Annual report of the Civil Veterinary Department, Bengal, and of the Bengal Veterinary College for the year 1905-1906 - 1905-1906
Year: 1905
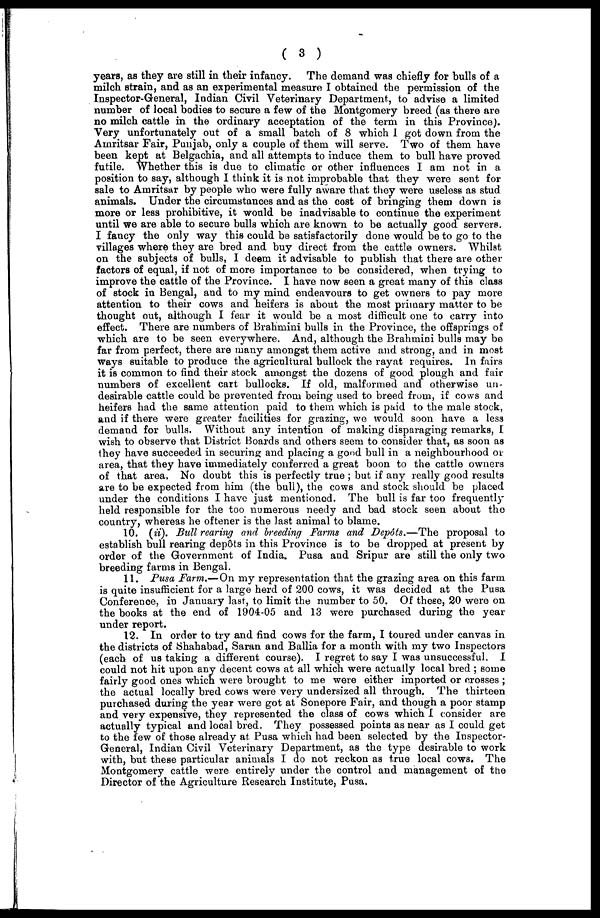
(3)
years, as they are still in their infancy. The demand was chiefly for bulls of a
milch strain, and as an experimental measure I obtained the permission of the
Inspector-General, Indian Civil Veterinary Department, to advise a limited
number of local bodies to secure a few of the Montgomery breed (as there are
no milch cattle in the ordinary acceptation of the term in this Province).
Very unfortunately out of a small batch of 8 which I got down from the
Amritsar Fair, Punjab, only a couple of them will serve. Two of them have
been kept at Belgachia, and all attempts to induce them to bull have proved
futile. Whether this is due to climatic or other influences I am not in a
position to say, although I think it is not improbable that they were sent for
sale to Amritsar by people who were fully aware that they were useless as stud
animals. Under the circumstances and as the cost of bringing them down is
more or less prohibitive, it would be inadvisable to continue the experiment
until we are able to secure bulls which are known to be actually good servers.
I fancy the only way this could be satisfactorily done would be to go to the
villages where they are bred and buy direct from the cattle owners. Whilst
on the subjects of bulls, I deem it advisable to publish that there are other
factors of equal, if not of more importance to be considered, when trying to
improve the cattle of the Province. I have now seen a great many of this class
of stock in Bengal, and to my mind endeavours to get owners to pay more
attention to their cows and heifers is about the most primary matter to be
thought out, although I fear it would be a most difficult one to carry into
effect. There are numbers of Brahmini bulls in the Province, the offsprings of
which are to be seen everywhere. And, although the Brahmini bulls may be
far from perfect, there are many amongst them active and strong, and in most
ways suitable to produce the agricultural bullock the rayat requires. In fairs
it is common to find their stock amongst the dozens of good plough and fair
numbers of excellent cart bullocks. If old, malformed and otherwise un-
desirable cattle could be prevented from being used to breed from, if cows and
heifers had the same attention paid to them which is paid to the male stock,
and if there were greater facilities for grazing, we would soon have a less
demand for bulls. Without any intention of making disparaging remarks, I
wish to observe that District Boards and others seem to consider that, as soon as
they have succeeded in securing and placing a good bull in a neighbourhood or
area, that they have immediately conferred a great boon to the cattle owners
of that area. No doubt this is perfectly true; but if any really good results
are to be expected from him (the bull), the cows and stock should be placed
under the conditions I have just mentioned. The bull is far too frequently
held responsible for the too numerous needy and bad stock seen about the
country, whereas he oftener is the last animal to blame.
10. (ii). Bull rearing and breeding Farms and Depôts.—The proposal to
establish bull rearing dep6ts in this Province is to be dropped at present by
order of the Government of India. Pusa and Sripur are still the only two
breeding farms in Bengal.
11. Pusa Farm.—On my representation that the grazing area on this farm
is quite insufficient for a large herd of 200 cows, it was decided at the Pusa
Conference, in January last, to limit the number to 50. Of these, 20 were on
the books at the end of 1904-05 and 13 were purchased during the year
under report.
12. In order to try and find cows for the farm, I toured under canvas in
the districts of Shahabad, Saran and Ballia for a month with my two Inspectors
(each of us taking a different course). I regret to say I was unsuccessful. I
could not hit upon any decent cows at all which were actually local bred; some
fairly good ones which were brought to me were either imported or crosses;
the actual locally bred cows were very undersized all through. The thirteen
purchased during the year were got at Sonepore Fair, and though a poor stamp
and very expensive, they represented the class of cows which I consider are
actually typical and local bred. They possessed points as near as I could get
to the few of those already at Pusa which had been selected by the Inspector-
General, Indian Civil Veterinary Department, as the type desirable to work
with, but these particular animals I do not reckon as true local cows. The
Montgomery cattle were entirely under the control and management of the
Director of the Agriculture Research Institute, Pusa.